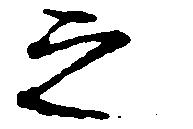
之